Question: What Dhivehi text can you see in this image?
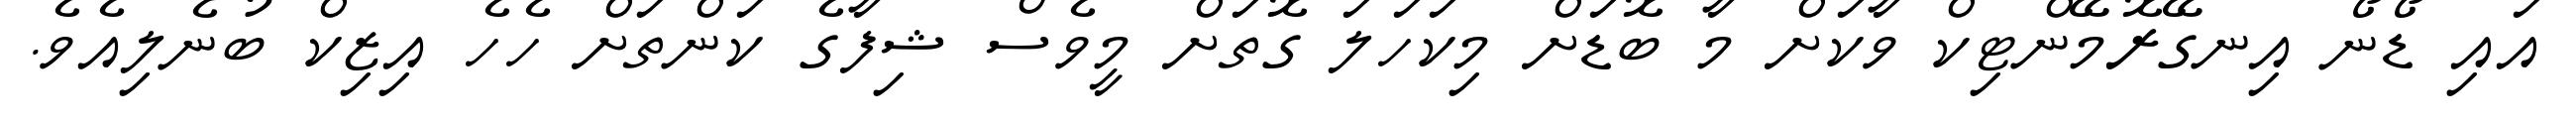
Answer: އައި ޑޯނޯ އިނގޭރޮމޭންޓިކް ވާކަށް މާ ބޮޑަށް މިކަހަލަ ގޮތަށް މީވެސް ޝިފާގެ ކަންތަށް ހެހެ އިޒިކް ބުނެލިއެވެ.